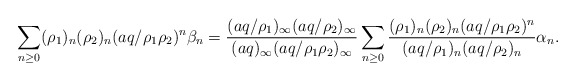
\begin{align*} \sum_{n \geq 0} (\rho_1)_n(\rho_2)_n (aq/\rho_1 \rho_2)^n \beta_n = \frac{(aq/\rho_1)_{\infty}(aq/\rho_2)_{\infty}}{(aq)_{\infty}(aq/\rho_1 \rho_2)_{\infty}} \sum_{n \geq 0} \frac{(\rho_1)_n(\rho_2)_n(aq/\rho_1 \rho_2)^n }{(aq/\rho_1)_n(aq/\rho_2)_n}\alpha_n.\end{align*}